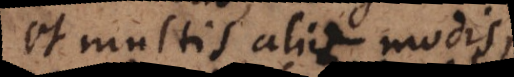
et multis aliis modis,